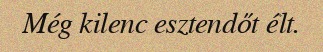
Még kilenc esztendőt élt.